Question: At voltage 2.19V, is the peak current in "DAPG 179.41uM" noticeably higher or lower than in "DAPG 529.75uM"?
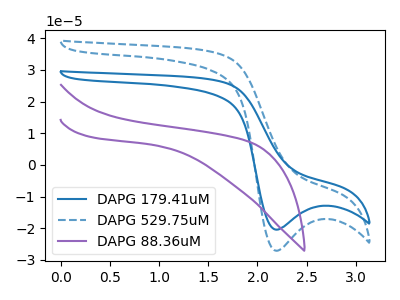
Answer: <think>The blue curve "DAPG 179.41uM" has a cathodic peak at: (2.20V, -20.45uA). The blue dashed curve "DAPG 529.75uM" has a cathodic peak at: (2.20V, -27.10uA). The purple curve "DAPG 88.36uM" has no peaks.</think>
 <answer>The peak at 2.19V is lower in "DAPG 179.41uM" than in "DAPG 529.75uM".</answer>
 <eval>lower</eval>